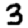
Digit: 3